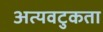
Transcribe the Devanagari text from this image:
अत्यवटुकता